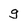
Character: g